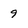
Character: 9